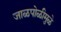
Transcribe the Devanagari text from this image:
जाळपोळीमुळे